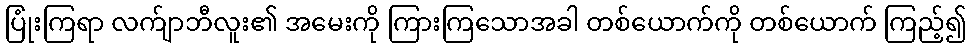
ပြုံးကြရာ လက်ျာဘီလူး၏ အမေးကို ကြားကြသောအခါ တစ်ယောက်ကို တစ်ယောက် ကြည့်၍